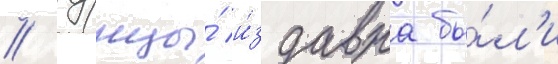
// Тунцы́ и́здавна бы́л'и